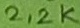
Text: 2,2K